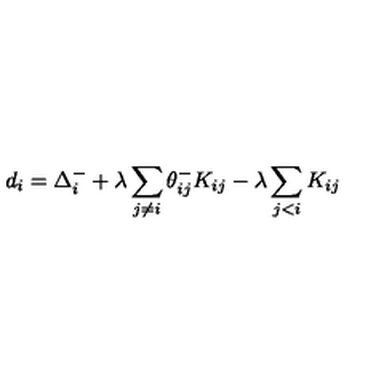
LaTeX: d _ { i } = \Delta _ { i } ^ { - } + \lambda \sum _ { j \neq i } \theta _ { i j } ^ { - } K _ { i j } - \lambda \sum _ { j < i } K _ { i j }